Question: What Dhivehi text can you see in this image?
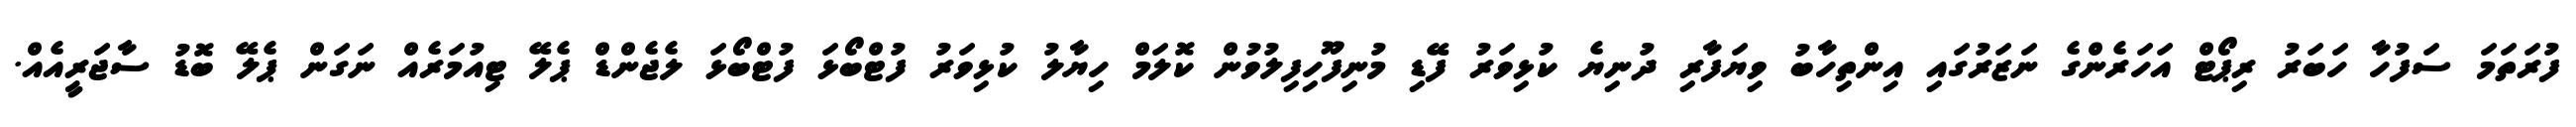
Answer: ފުރަތަމަ ސަފުހާ ހަބަރު ރިޕޯޓް އަހަރެންގެ ނަޒަރުގައި އިންތިހާބު ވިޔަފާރި ދުނިޔެ ކުޅިވަރު ފޭޑި މުނިފޫހިފިލުވުން ކޮލަމް ހިޔާލު ކުޅިވަރު ފުޓްބޯޅަ ފުޓްބޯޅަ ލެޖެންޑް ޕެލޭ ޓިއުމަރެއް ނަގަން ޕެލޭ ބޮޑު ސާޖަރީއެއް.